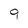
Character: 9